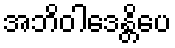
အဘိဝါဒေန္တိပေ